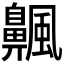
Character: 𫗅